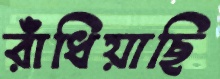
রাঁধিয়াছি